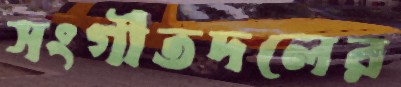
সংগীতদলের